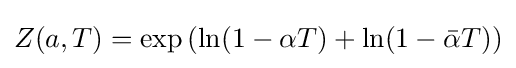
Z(a,T)=\exp \left(\ln(1-\alpha T)+\ln(1-{\bar {\alpha }}T)\right)